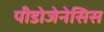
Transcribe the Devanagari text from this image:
पीडोजेनेसिस